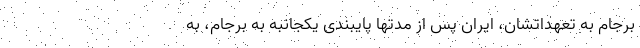
برجام به تعهداتشان، ایران پس از مدتها پایبندی یکجانبه به برجام، به